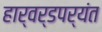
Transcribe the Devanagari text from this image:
हार्वर्डपर्यंत